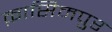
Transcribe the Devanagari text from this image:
क़ासिमपुर